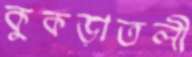
কুকড়াতলী